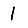
Digit: 1